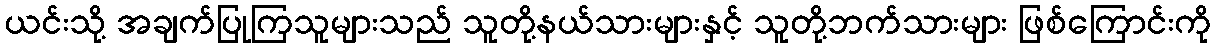
ယင်းသို့ အချက်ပြုကြသူများသည် သူတို့နယ်သားများနှင့် သူတို့ဘက်သားများ ဖြစ်ကြောင်းကို